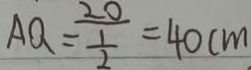
A Q = \frac { 2 0 } { \frac { 1 } { 2 } } = 4 0 c m .